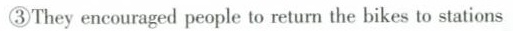
③They encouraged people to return the bikes to stations